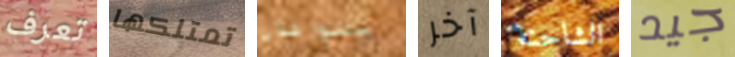
تعرف تمتلكها يتواعدان آخر الشاحنة جيد